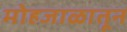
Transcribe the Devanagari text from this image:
मोहजाळातून